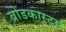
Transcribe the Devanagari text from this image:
ब्रोडकास्टर्स